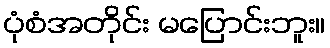
ပုံစံအတိုင်း မပြောင်းဘူး။